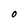
Character: O